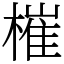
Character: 槯